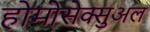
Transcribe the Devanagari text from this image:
होमोसेक्सुअल